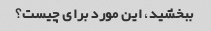
ببخشید، این مورد برای چیست؟